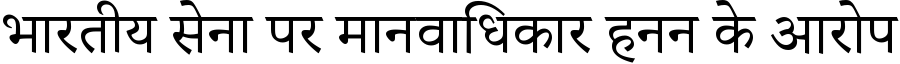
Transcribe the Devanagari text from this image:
भारतीय सेना पर मानवाधिकार हनन के आरोप